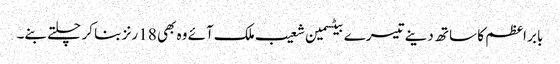
بابر اعظم کا ساتھ دینے تیسرے بیٹسمین شعیب ملک آئے وہ بھی 18 رنز بنا کر چلتے بنے۔